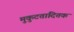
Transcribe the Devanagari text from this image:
मुकुटतादितक